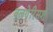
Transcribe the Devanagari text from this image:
वलगेरिसश्